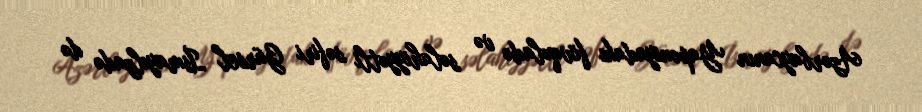
Azərbaycanın Yaponiyadakı fövqəladə və səlahiyyətli səfiri Gürsel İsmayılzadə də